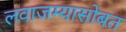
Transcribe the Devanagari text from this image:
लवाजम्यासोबत